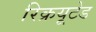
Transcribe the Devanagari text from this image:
रिक्रयूटेड